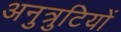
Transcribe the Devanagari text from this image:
अनुत्रुटियों